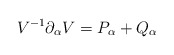
\begin{align*}V^{-1}\partial _{\alpha }V=P_{\alpha }+Q_{\alpha } \end{align*}